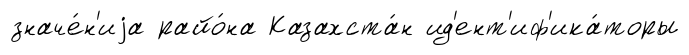
значе́н'иjа райо́на Казахста́н ид'ент'иф'ика́торы